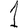
Digit: 1